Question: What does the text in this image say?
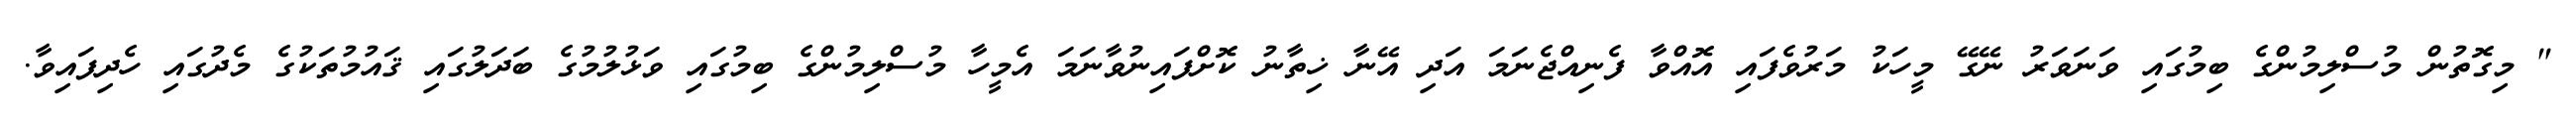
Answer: " މިގޮތުން މުސްލިމުންގެ ބިމުގައި ވަނަވަރު ނޭގޭ މީހަކު މަރުވެފައި އޮއްވާ ފެނިއްޖެނަމަ އަދި އޭނާ ޚިތާނު ކޮށްފައިނުވާނަމަ އެމީހާ މުސްލިމުންގެ ބިމުގައި ވަޅުލުމުގެ ބަދަލުގައި ޤައުމުތަކުގެ މެދުގައި ހެދިފައިވާ.